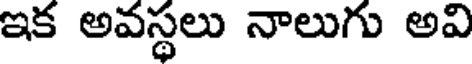
ఇక అవస్థలు నాలుగు అవి